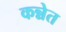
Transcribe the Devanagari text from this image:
कन्नेत